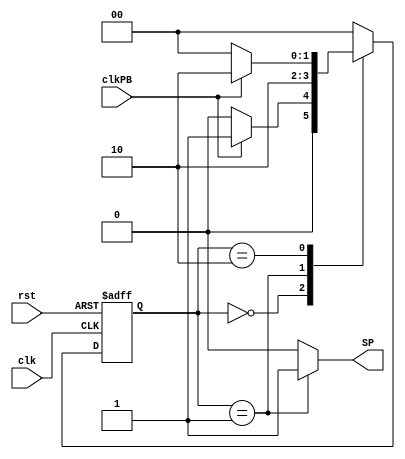
module one_pulser (
    input clkPB,clk,rst,
    output reg SP
);
    parameter A = 0, B = 1, C = 2;
    reg [1:0] pstate,nstate;
    initial pstate = A;
    always @(pstate, clkPB) begin
        SP = 0;
        case (pstate)
            A: nstate = clkPB ? B : A;
            B: begin
                    nstate = C;
                    SP = 1;
                end
            C: nstate = clkPB ? C : A;
            default: nstate = A;
        endcase
    end
    always @(posedge clk, posedge rst) begin
        if(rst)
            pstate <= A;
        else
            pstate <= nstate;
    end
endmodule